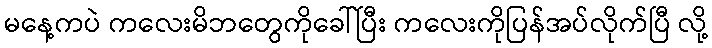
မနေ့ကပဲ ကလေးမိဘတွေကိုခေါ်ပြီး ကလေးကိုပြန်အပ်လိုက်ပြီ လို့